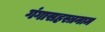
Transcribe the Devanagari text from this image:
गंगासहस्त्रनाम